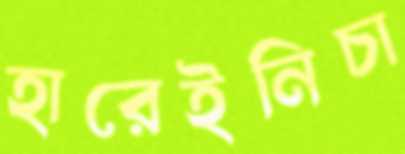
হারেইনিচা